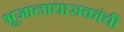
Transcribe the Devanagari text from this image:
भूजालाधाराकांची